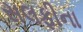
સલફીના